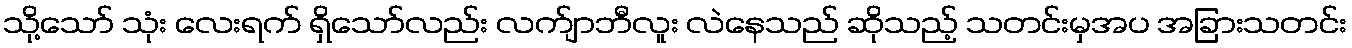
သို့သော် သုံး လေးရက် ရှိသော်လည်း လက်ျာဘီလူး လဲနေသည် ဆိုသည့် သတင်းမှအပ အခြားသတင်း